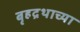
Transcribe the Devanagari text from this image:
बृहद्रथाच्या